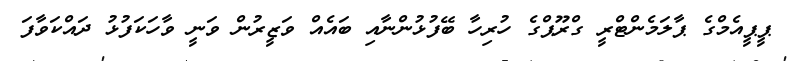
ޕީޕީއެމްގެ ޕާލަމެންޓްރީ ގްރޫޕްގެ ހުރިހާ ބޭފުޅުންނާއި ބައެއް ވަޒީރުން ވަނީ ވާހަކަފުޅު ދައްކަވާފަ